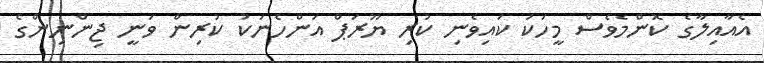
އެއާއިލާގެ ކޮންމެވެސް މީހަކު ކައިވެނި ކުރި ޔޫރަޕް އަންހެނަކު ކުރިން ވަނީ ޖިންނިންގެ